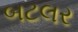
બટલર